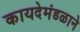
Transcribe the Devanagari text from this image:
कायदेमंडळाने